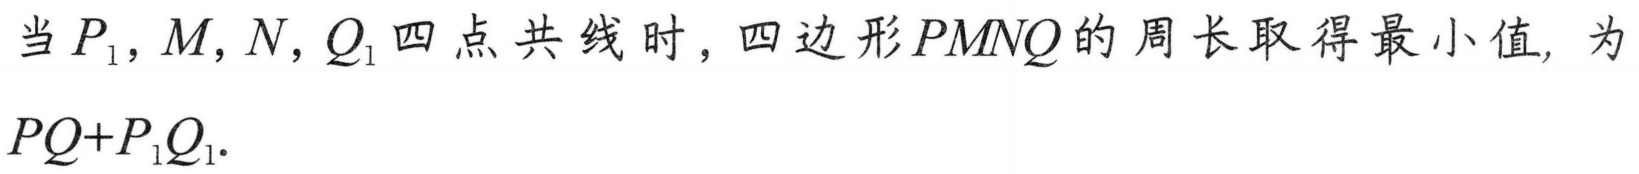
当\(P_{1},M,N,Q_{1}\)四点共线时，四边形\(PM NQ\)的周长取得最小值, 为\(PQ + P_{1}Q_{1}\).